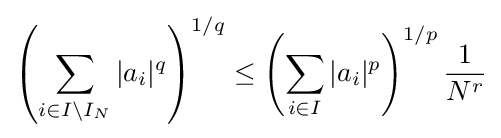
\left(\sum _{i\in I\setminus I_{N}}|a_{i}|^{q}\right)^{1/q}\leq \left(\sum _{i\in I}|a_{i}|^{p}\right)^{1/p}{\frac {1}{N^{r}}}